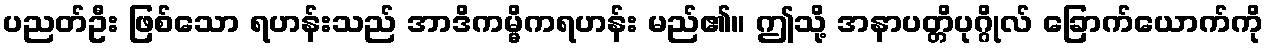
ပညတ်ဦး ဖြစ်သော ရဟန်းသည် အာဒိကမ္မိကရဟန်း မည်၏။ ဤသို့ အနာပတ္တိပုဂ္ဂိုလ် ခြောက်ယောက်ကို